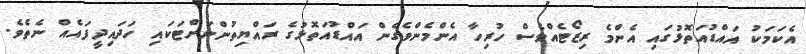
އެކަމަކު އައްޑުއަތޮޅުގައި އެންމެ ރިޒޯޓެއްވެސް ހުރިހާ އެންމެންވެގެން އައްޑުއަތޮޅުގެ ރައްޔިތުންނަށްޓަކައި ހަދައިދީފައެއް ނެތެވެ.